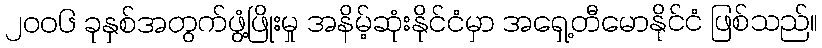
၂၀၀၆ ခုနှစ်အတွက်ဖွံ့ဖြိုးမှု အနိမ့်ဆုံးနိုင်ငံမှာ အရှေ့တီမောနိုင်ငံ ဖြစ်သည်။